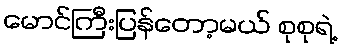
မောင်ကြီးပြန်တော့မယ် စုစုရဲ့